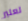
تعتبر